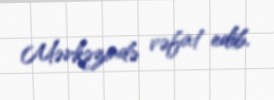
Mərkəzində vəfat edib.